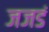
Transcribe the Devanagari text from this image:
जजडं